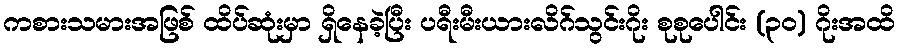
ကစားသမားအဖြစ် ထိပ်ဆုံးမှာ ရှိနေခဲ့ပြီး ပရီးမီးယားလိဂ်သွင်းဂိုး စုစုပေါင်း (၃၀) ဂိုးအထိ